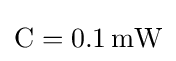
{\textstyle \mathrm {C} =0{.}1\,\mathrm {mW} }